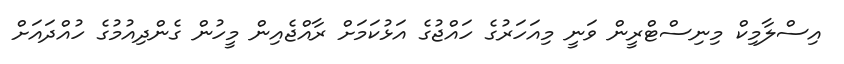
އިސްލާމިކް މިނިސްޓްރީން ވަނީ މިއަހަރުގެ ހައްޖުގެ އަޅުކަމަށް ރާއްޖެއިން މީހުން ގެންދިއުމުގެ ހުއްދައަށް